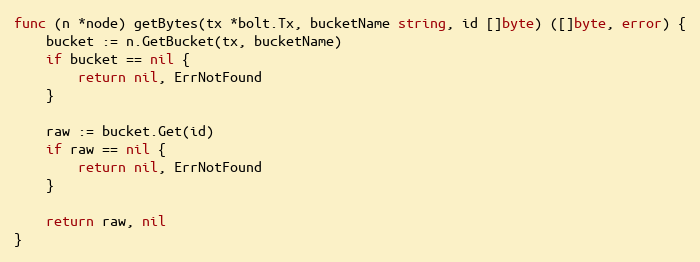
Language: Go
func (n *node) getBytes(tx *bolt.Tx, bucketName string, id []byte) ([]byte, error) {
	bucket := n.GetBucket(tx, bucketName)
	if bucket == nil {
		return nil, ErrNotFound
	}

	raw := bucket.Get(id)
	if raw == nil {
		return nil, ErrNotFound
	}

	return raw, nil
}